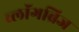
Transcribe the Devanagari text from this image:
ब्लॉगब्रिज